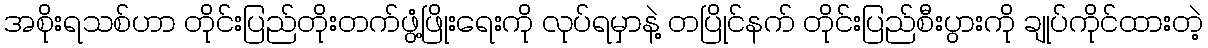
အစိုးရသစ်ဟာ တိုင်းပြည်တိုးတက်ဖွံ့ဖြိုးရေးကို လုပ်ရမှာနဲ့ တပြိုင်နက် တိုင်းပြည်စီးပွားကို ချုပ်ကိုင်ထားတဲ့